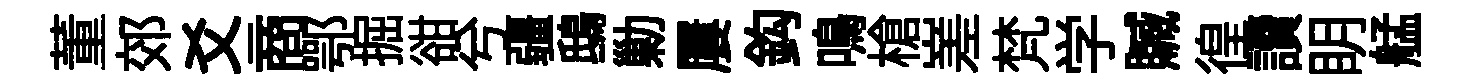
董郊爻商鄂掘𧮳兮疆鴟勦屢鈎鳴槍嵳梵学贓徨讀眀艋